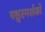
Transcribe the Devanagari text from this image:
पश्चस्पर्शकों